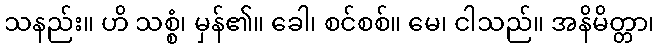
သနည်း။ ဟိ သစ္စံ၊ မှန်၏။ ခေါ၊ စင်စစ်။ မေ၊ ငါသည်။ အနိမိတ္တာ၊